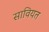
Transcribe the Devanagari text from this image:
सावियत